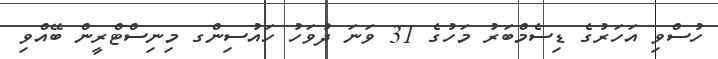
ހުސްވި އަހަރުގެ ޑިސެމްބަރު މަހުގެ 31 ވަނަ ދުވަހު ހައުސިންގ މިނިސްޓްރީން ބޭއްވި